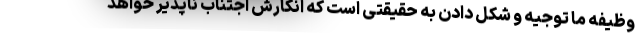
وظیفه ما توجیه و شکل دادن به حقیقتی است که انکارش اجتناب ناپذیر خواهد